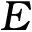
E